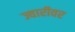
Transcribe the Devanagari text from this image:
ज्वारीवर